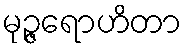
မုဉ္ဇရောဟိတာ